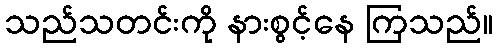
သည်သတင်းကို နားစွင့်နေ ကြသည်။